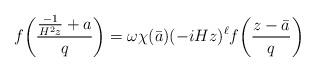
LaTeX: \begin{align*}{} f\!\left(\frac{ \frac{-1}{H^2z}+a}{q} \right) = \omega\chi(\bar{a})(-iHz)^\ell f\!\left(\frac{z-\bar{a}}{q}\right)\end{align*}